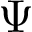
\Psi